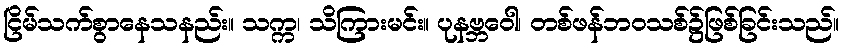
ငြိမ်သက်စွာနေသနည်း။ သက္က၊ သိကြားမင်း။ ပုနဗ္ဘဝေါ၊ တစ်ဖန်ဘဝသစ်၌ဖြစ်ခြင်းသည်။